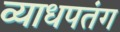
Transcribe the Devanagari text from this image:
व्याधपतंग